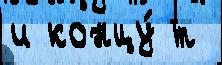
и концу́ т